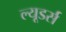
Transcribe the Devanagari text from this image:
ल्यूडर्स